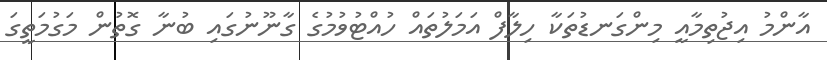
އާންމު އިޖުތިމާއީ މިންގަނޑުތަކާ ހިލާފް އަމަލުތައް ހުއްޓުވުމުގެ ގާނޫނުގައި ބުނާ ގޮތުން މަގުމަތީގަ